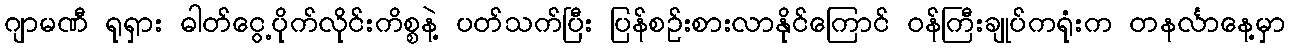
ဂျာမဏီ ရုရှား ဓါတ်ငွေ့ပိုက်လိုင်းကိစ္စနဲ့ ပတ်သက်ပြီး ပြန်စဉ်းစားလာနိုင်ကြောင် ဝန်ကြီးချုပ်ကရုံးက တနင်္လာနေ့မှာ